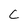
Character: C